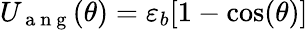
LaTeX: U_{\mathrm{~a~n~g~}}(\theta)=\varepsilon_{b}[1-\cos(\theta)]